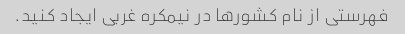
فهرستی از نام کشورها در نیمکره غربی ایجاد کنید.